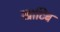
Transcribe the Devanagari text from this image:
खाटिब